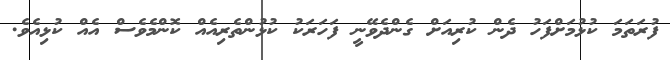
ފުރަތަމަ ކުޅުމަށްފަހު ދެން ކުރިއަށް ގެންދެވޭނީ ފަހަރަކު ކުޅުންތެރިއެއް ކޮންމެވެސް އެއް ކުޅިއެވެ.